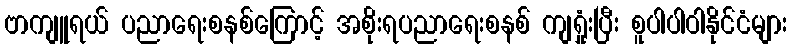
ဗာကျူရယ် ပညာရေးစနစ်ကြောင့် အစိုးရပညာရေးစနစ် ကျရှုံးပြီး စူပါပါဝါနိုင်ငံများ